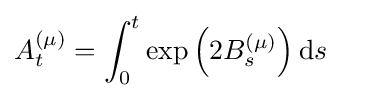
A_{t}^{(\mu )}=\int _{0}^{t}\exp \left(2B_{s}^{(\mu )}\right)\mathrm {d} s\quad